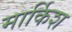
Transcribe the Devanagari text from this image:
मार्किश